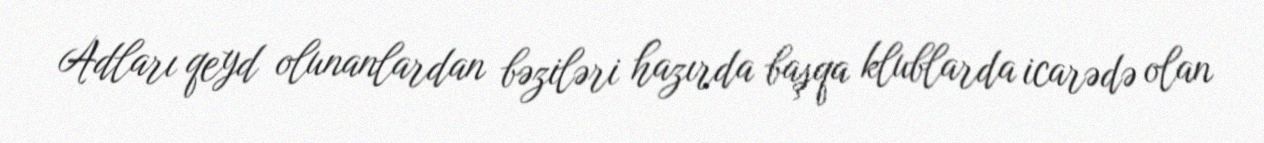
Adları qeyd olunanlardan bəziləri hazırda başqa klublarda icarədə olan